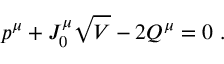
p ^ { \mu } + J _ { 0 } ^ { \mu } \sqrt { V } - 2 Q ^ { \mu } = 0 \ .